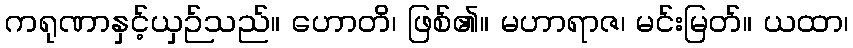
ကရုဏာနှင့်ယှဉ်သည်။ ဟောတိ၊ ဖြစ်၏။ မဟာရာဇ၊ မင်းမြတ်။ ယထာ၊